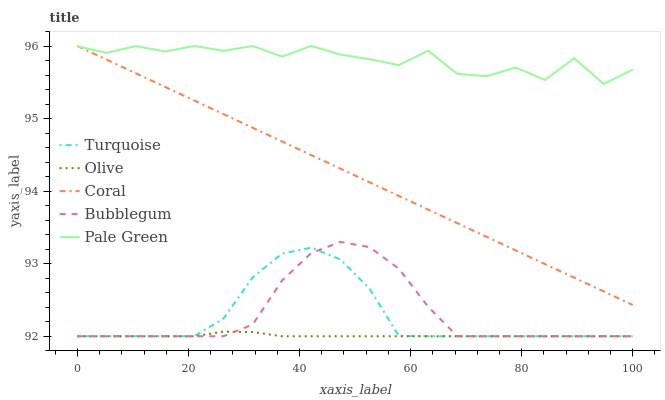
| xaxis_label | Turquoise | Olive | Coral | Bubblegum | Pale Green |
 | --- | --- | --- | --- | --- | --- |
 | 0 | 92 | 92 | 96 | 92 | 96 |
 | 5.26 | 92 | 92 | 95.8 | 92 | 95.9 |
 | 10.5 | 92 | 92 | 95.6 | 92 | 96 |
 | 15.8 | 92 | 92 | 95.4 | 92 | 95.9 |
 | 21.1 | 92 | 92 | 95.2 | 92 | 96 |
 | 26.3 | 92.2 | 92.1 | 95.1 | 92 | 95.9 |
 | 31.6 | 92.8 | 92.1 | 94.9 | 92.2 | 96 |
 | 36.8 | 93.1 | 92 | 94.7 | 92.8 | 95.9 |
 | 42.1 | 93.2 | 92 | 94.5 | 93.1 | 96 |
 | 47.4 | 93.1 | 92 | 94.3 | 93.3 | 95.9 |
 | 52.6 | 92.7 | 92 | 94.1 | 93.2 | 95.8 |
 | 57.9 | 92 | 92 | 93.9 | 92.9 | 95.7 |
 | 63.2 | 92 | 92 | 93.7 | 92.4 | 95.9 |
 | 68.4 | 92 | 92 | 93.6 | 92 | 95.6 |
 | 73.7 | 92 | 92 | 93.4 | 92 | 95.6 |
 | 78.9 | 92 | 92 | 93.2 | 92 | 95.7 |
 | 84.2 | 92 | 92 | 93 | 92 | 95.5 |
 | 89.5 | 92 | 92 | 92.8 | 92 | 95.8 |
 | 94.7 | 92 | 92 | 92.6 | 92 | 95.5 |
 | 100 | 92 | 92 | 92.4 | 92 | 95.7 |